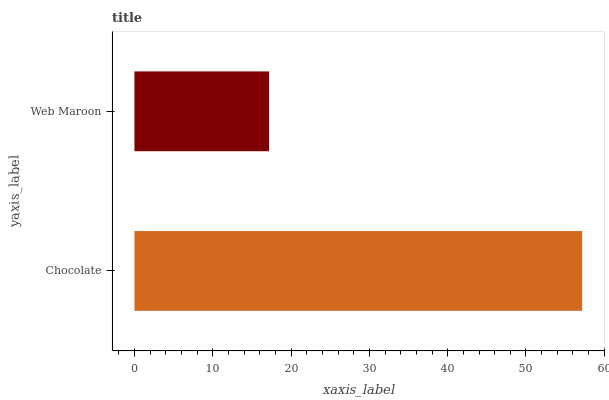
| yaxis_label | bars |
 | --- | --- |
 | Chocolate | 57.2 |
 | Web Maroon | 17.2 |